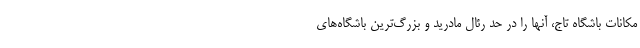
مکانات باشگاه تاج، آنها را در حد رئال مادرید و بزرگ‌ترین باشگاه‌های